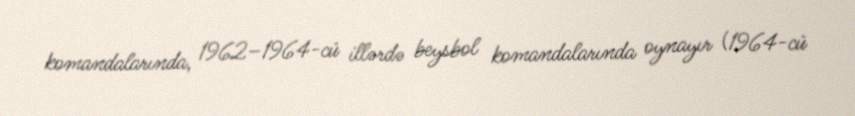
komandalarında, 1962–1964-cü illərdə beysbol komandalarında oynayır (1964-cü